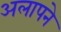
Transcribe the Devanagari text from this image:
अलापने